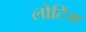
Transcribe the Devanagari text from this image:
लोटिंग